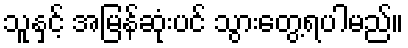
သူနှင့် အမြန်ဆုံးပင် သွားတွေ့ရပါမည်။